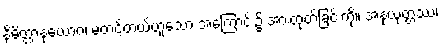
နိမိတ္တာနုယောဂံ၊ မတင့်တယ်ဟူသော အကြောင်း၌ အားထုတ်ခြင်းကို။ အနုယုတ္တဿ၊